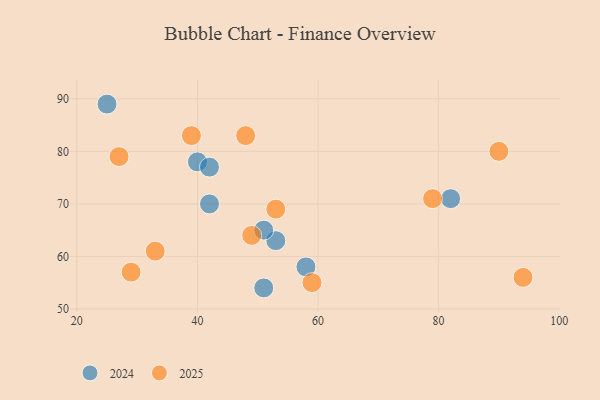
{"axis": {"x": "GDP", "y": "Life Expectancy"}, "legend": ["2024", "2025"], "data": [{"x": "48", "y": 83, "type": "2025"}, {"x": "39", "y": 83, "type": "2025"}, {"x": "94", "y": 56, "type": "2025"}, {"x": "27", "y": 79, "type": "2025"}, {"x": "59", "y": 55, "type": "2025"}, {"x": "29", "y": 57, "type": "2025"}, {"x": "90", "y": 80, "type": "2025"}, {"x": "79", "y": 71, "type": "2025"}, {"x": "33", "y": 61, "type": "2025"}, {"x": "49", "y": 64, "type": "2025"}, {"x": "53", "y": 69, "type": "2025"}, {"x": "51", "y": 54, "type": "2024"}, {"x": "53", "y": 63, "type": "2024"}, {"x": "42", "y": 70, "type": "2024"}, {"x": "51", "y": 65, "type": "2024"}, {"x": "82", "y": 71, "type": "2024"}, {"x": "40", "y": 78, "type": "2024"}, {"x": "25", "y": 89, "type": "2024"}, {"x": "58", "y": 58, "type": "2024"}, {"x": "42", "y": 77, "type": "2024"}]}